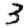
Digit: 3